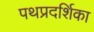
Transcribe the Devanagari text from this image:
पथप्रदर्शिका